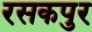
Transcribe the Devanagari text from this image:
रसकपुर